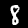
Label: 8